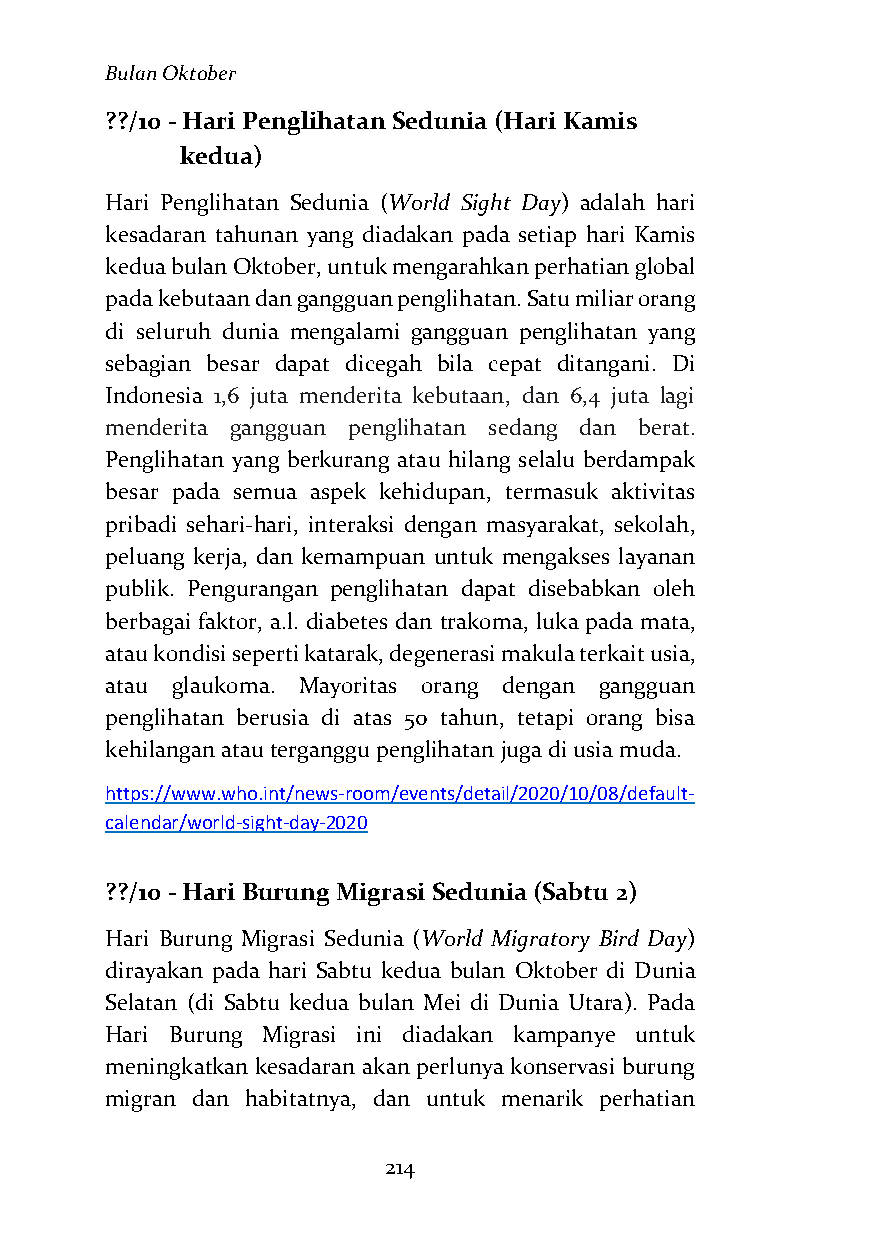
Bulan Oktober
 ??/10 - Hari Penglihatan Sedunia (Hari Kamis
 kedua)
 Hari Penglihatan Sedunia (World Sight Day) adalah hari
 kesadaran tahunan yang diadakan pada setiap hari Kamis
 kedua bulan Oktober, untuk mengarahkan perhatian global
 pada kebutaan dan gangguan penglihatan. Satu miliar orang
 di seluruh dunia mengalami gangguan penglihatan yang
 sebagian besar dapat dicegah bila cepat ditangani. Di
 Indonesia 1,6 juta menderita kebutaan, dan 6,4 juta lagi
 menderita gangguan penglihatan sedang dan berat.
 Penglihatan yang berkurang atau hilang selalu berdampak
 besar pada semua aspek kehidupan, termasuk aktivitas
 pribadi sehari-hari, interaksi dengan masyarakat, sekolah,
 peluang kerja, dan kemampuan untuk mengakses layanan
 publik. Pengurangan penglihatan dapat disebabkan oleh
 berbagai faktor, a.l. diabetes dan trakoma, luka pada mata,
 atau kondisi seperti katarak, degenerasi makula terkait usia,
 atau glaukoma. Mayoritas orang dengan gangguan
 penglihatan berusia di atas 50 tahun, tetapi orang bisa
 kehilangan atau terganggu penglihatan juga di usia muda.
 https://www.who.int/news-room/events/detail/2020/10/08/default-
 calendar/world-sight-day-2020
 ??/10 - Hari Burung Migrasi Sedunia (Sabtu 2)
 Hari Burung Migrasi Sedunia (World Migratory Bird Day)
 dirayakan pada hari Sabtu kedua bulan Oktober di Dunia
 Selatan (di Sabtu kedua bulan Mei di Dunia Utara). Pada
 Hari Burung Migrasi ini diadakan kampanye untuk
 meningkatkan kesadaran akan perlunya konservasi burung
 migran dan habitatnya, dan untuk menarik perhatian
 214